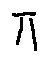
\pi